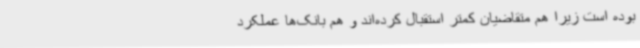
بوده است زیرا هم متقاضیان کمتر استقبال کرده‌اند و هم بانک‌ها عملکرد